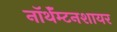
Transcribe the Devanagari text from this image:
नॉर्थॅम्टनशायर